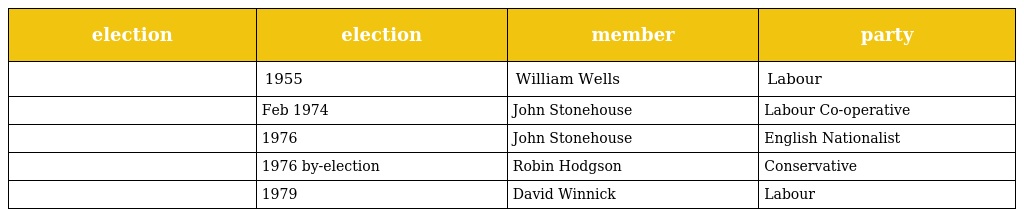
| election | election | member | party |
 | --- | --- | --- | --- |
 |  | 1955 | William Wells | Labour |
 |  | Feb 1974 | John Stonehouse | Labour Co-operative |
 |  | 1976 | John Stonehouse | English Nationalist |
 |  | 1976 by-election | Robin Hodgson | Conservative |
 |  | 1979 | David Winnick | Labour |